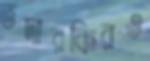
তদারকিরও